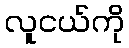
လူငယ်ကို